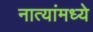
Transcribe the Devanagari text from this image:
नात्यांमध्ये